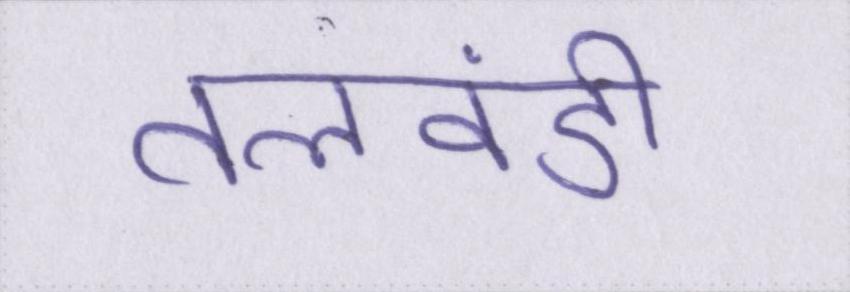
तलवंडी